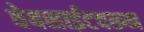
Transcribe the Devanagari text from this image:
वेबसाईटवरून